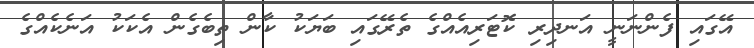
އޭގައި ފެންނަނީ އަނދިރި ކޮޓަރިއެއްގެ ތެރޭގައި ބަޔަކު ކާން ތިބެގެން އެކަކު އަނެކެއްގެ